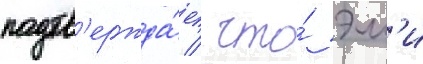
подтв'ержда́ет / что́ эм'и